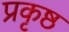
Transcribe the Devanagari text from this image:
प्रकृष्ठ